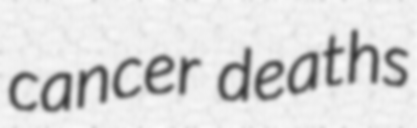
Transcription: cancer deaths